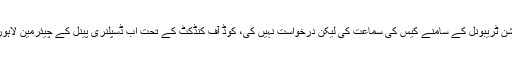
کرکٹر نے نے الزامات کو چیلنج کرنے سے گریز کرتے ہوئے اینٹی کرپشن ٹریبونل کے سامنے کیس کی سماعت کی لیکن درخواست نہیں کی، کوڈ آف کنڈکٹ کے تحت اب ڈسپلنری پینل کے چیئرمین لاہور ہائی کورٹ کے سابق جج، جسٹس ریٹائرڈ فضلِ میراں چوہان کریں گے۔